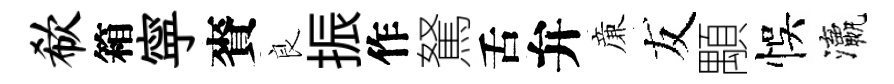
欷箱寜賚良振作駑舌弁亷友顒悞瀛